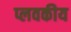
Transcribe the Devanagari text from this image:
प्लवकीय